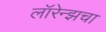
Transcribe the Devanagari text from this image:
लॉरेन्झचा